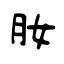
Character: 肗